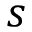
s